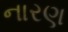
નારણ